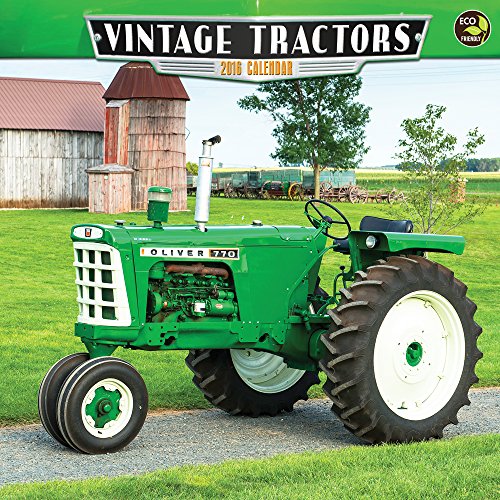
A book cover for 2016 Vintage Tractors Wall Calendar; Gary Alan Nelson; Calendars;